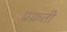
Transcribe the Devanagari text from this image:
प्रक्रती